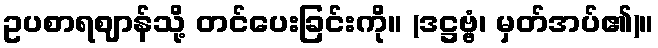
ဥပစာရဈာန်သို့ တင်ပေးခြင်းကို။ (ဒဋ္ဌဗ္ဗံ၊ မှတ်အပ်၏)။